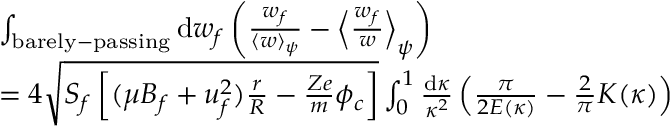
\begin{array} { r l } & { \int _ { \mathrm { b a r e l y - p a s s i n g } } \mathrm { d } w _ { f } \left( \frac { w _ { f } } { \langle w \rangle _ { \psi } } - \Big \langle \frac { w _ { f } } { w } \Big \rangle _ { \psi } \right) } \\ & { = 4 \sqrt { S _ { f } \left[ ( \mu B _ { f } + u _ { f } ^ { 2 } ) \frac { r } { R } - \frac { Z e } { m } \phi _ { c } \right] } \int _ { 0 } ^ { 1 } \frac { \mathrm { d } \kappa } { \kappa ^ { 2 } } \left( \frac { \pi } { 2 E ( \kappa ) } - \frac { 2 } { \pi } K ( \kappa ) \right) } \end{array}